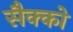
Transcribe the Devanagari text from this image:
सैक्को